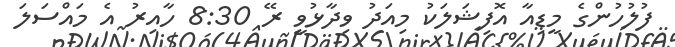
ފުލުހުންގެ މީޑިއާ އޮފިޝަލަކު މިއަދު ވިދާޅުވީ ރޭ 8:30 ހާއިރު އެ މައްސަލަ